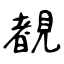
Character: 覩